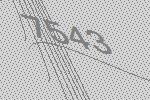
7543